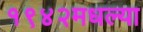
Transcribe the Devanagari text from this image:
१९४२मधल्या